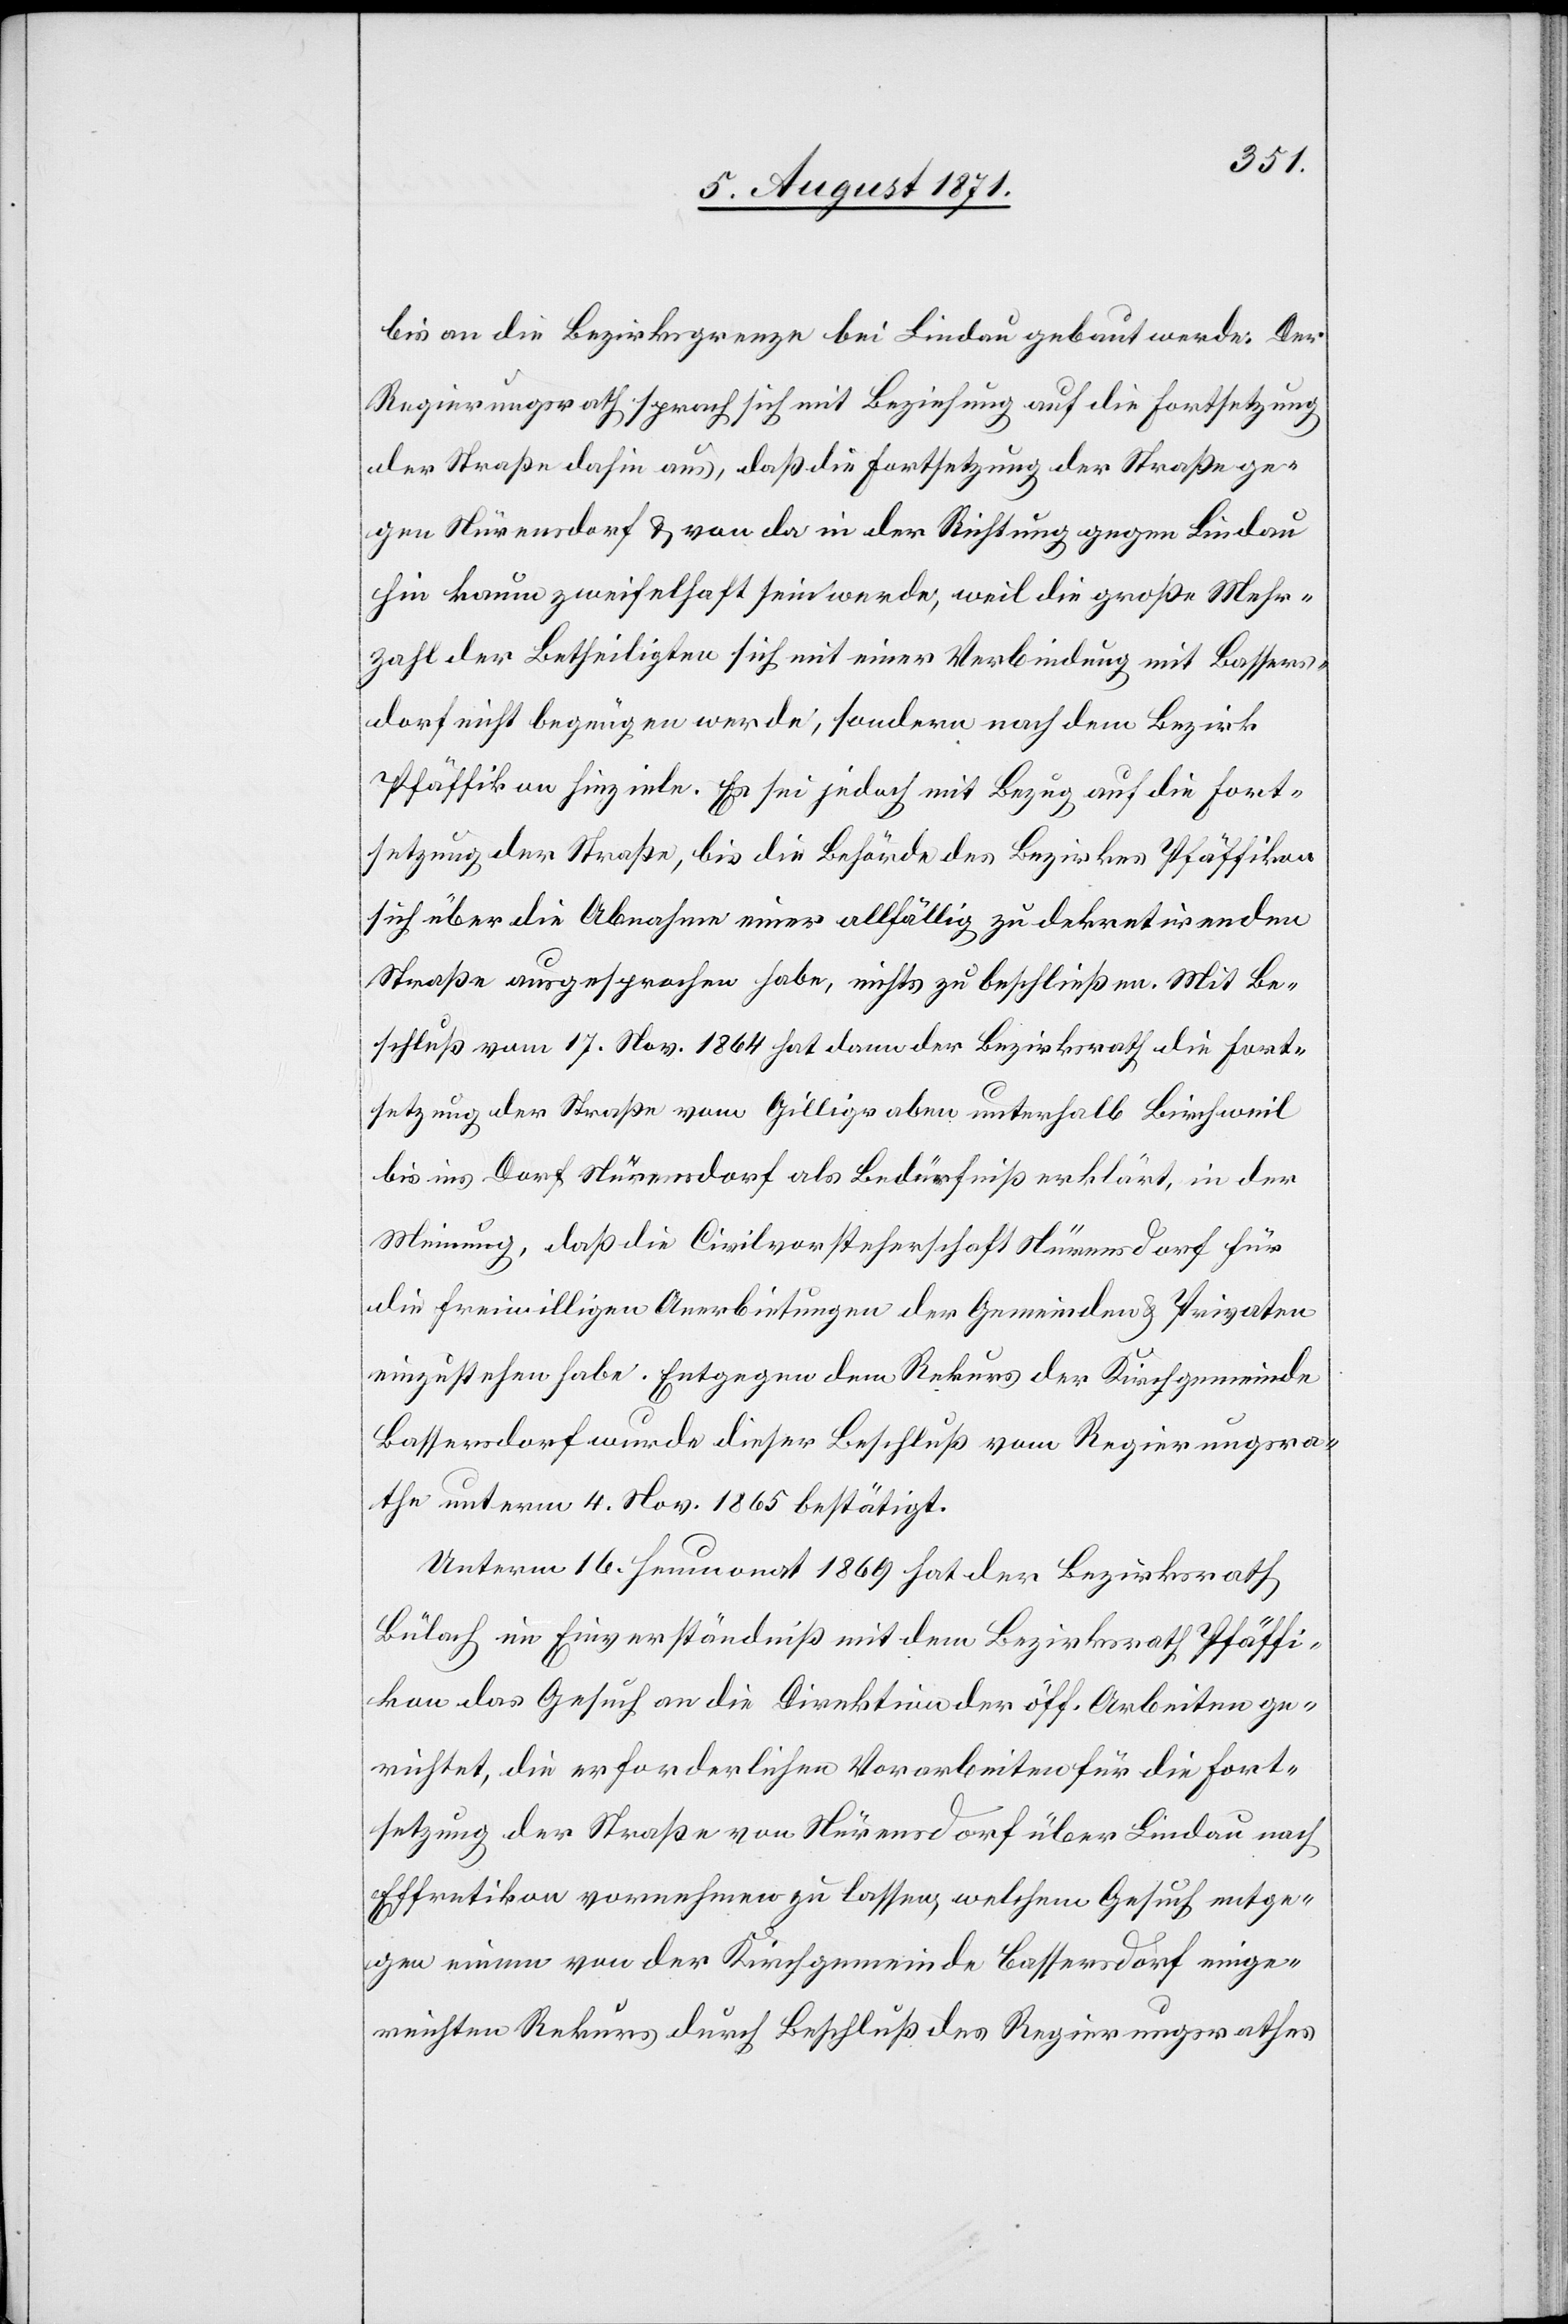
bis an die Bezirksgrenze bei Lindau gebaut werde. Der
Regierungsrath sprach sich mit Beziehung auf die Fortsetzung
der Straße dahin aus, daß die Fortsetzung der Straße ge¬
gen Nürensdorf u. von da in der Richtung gegen Lindau
hin kaum zweifelhaft sein werde, weil die große Mehr¬
zahl der Betheiligten sich mit einer Verbindung mit Bassers¬
dorf nicht begnügen werde, sondern nach dem Bezirk
Pfäffikon hinziele. Es sei jedoch mit Bezug auf die Fort¬
setzung der Straße, bis die Behörde des Bezirkes Pfäffikon
sich über die Abnahme einer allfällig zu dekretirenden
Straße ausgesprochen habe, nichts zu beschließen. Mit Be¬
schluß vom 17. Nov. 1864 hat dann der Bezirksrath die Fort¬
setzung der Straße vom Gilligraben unterhalb Birchweil
bis ins Dorf Nürensdorf als Bedürfniß erklärt, in der
Meinung, daß die Civilvorsteherschaft Nürensdorf für
die freiwilligen Anerbietungen der Gemeinde u. Privaten
einzustehen habe. Entgegen dem Rekurs der Kirchgemeinde
Bassersdorf wurde dieser Beschluß vom Regierungsra¬
the unterm 4. Nov. 1865 bestätigt.
Unterm 16. Heumonat 1869 hat der Bezirksrath
Bülach im Einverständniß mit dem Bezirksrath Pfäffi¬
kon das Gesuch an die Direktion der öff. Arbeiten ge¬
richtet, die erforderlichen Vorarbeiten für die Fort¬
setzung der Straße von Nürensdorf über Lindau nach
Effretikon vornehmen zu lassen, welchem Gesuch entge¬
gen einem von der Kirchgemeinde Bassersdorf einge¬
reichten Rekurs durch Beschluß des Regierungsrathes